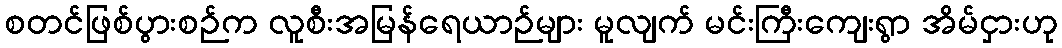
စတင်ဖြစ်ပွားစဉ်က လူစီးအမြန်ရေယာဉ်များ မူလျက် မင်းကြီးကျေးရွာ အိမ်ငှားဟု